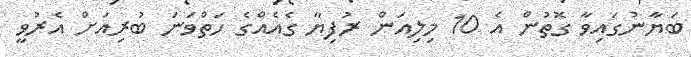
ބަޔާނުގައިވާ ގޮތުން އެ 10 މިލިއަން ރުފިޔާ ގެއެއްގެ ހަތްވަނަ ބުރިއަށް އެރުވީ